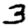
Digit: 3